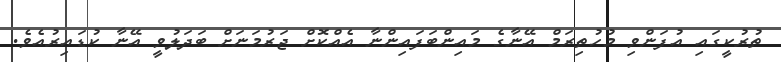
ތުރުކީގައި އުފަންވި މުހުތިރަމް އޭނާގެ މައިންބަފައިންނާ އެއްކޮށް ޖަރުމަނަށް ބަދަލުވީ އޭނާ ކުޑައިރުއެވެ.